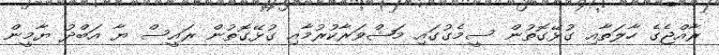
ރާއްޖެގެ ހާލަތާއި ގުޅޭގޮތުން ސީމެގުގައި މަޝްވަރާކުރުމާއި ގުޅޭގޮތުން ރައީސް ޔާ އަބްދު ޔާމީން